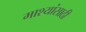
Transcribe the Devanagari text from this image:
माश्यांसाठी